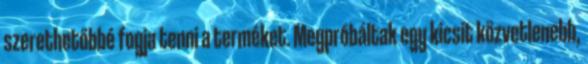
szerethetőbbé fogja tenni a terméket. Megpróbáltak egy kicsit közvetlenebb,